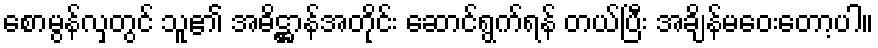
စောမွန်လှတွင် သူ၏ အဓိဋ္ဌာန်အတိုင်း ဆောင်ရွက်ရန် တယ်ပြီး အချိန်မဝေးတော့ပါ။